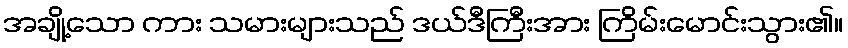
အချို့သော ကား သမားများသည် ဒယ်ဒီကြီးအား ကြိမ်းမောင်းသွား၏။